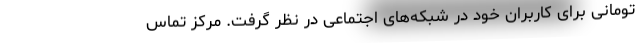
تومانی برای کاربران خود در شبکه‌های اجتماعی در نظر گرفت. مرکز تماس